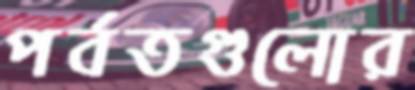
পর্বতগুলোর